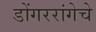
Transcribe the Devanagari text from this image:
डोंगररांगेचे